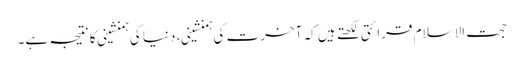
حجت الاسلام قرائتی لکھتے ہیں کہ آخرت کی ہمنشینی، دنیا کی ہمنشینی کا نتیجہ ہے۔